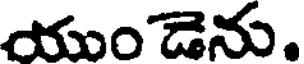
యుం డెను.